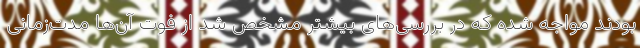
بودند مواجه شده که در بررسی‌های بیشتر مشخص شد از فوت آن‌ها مدت‌زمانی